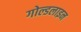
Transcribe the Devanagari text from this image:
गोल्डलाइन